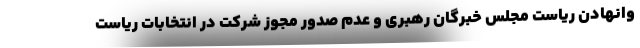
وانهادن ریاست مجلس خبرگان رهبری و عدم صدور مجوز شرکت در انتخابات ریاست